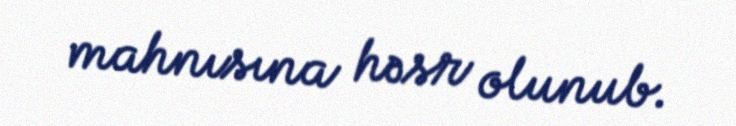
mahnısına həsr olunub.